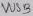
Text: UUS3